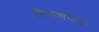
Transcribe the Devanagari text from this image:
मिलेजव्हिल